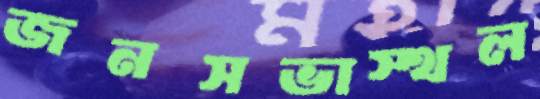
জনসভাস্থল